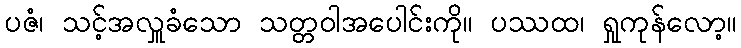
ပဇံ၊ သင့်အလှူခံသော သတ္တဝါအပေါင်းကို။ ပဿထ၊ ရှုကုန်လော့။